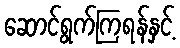
ဆောင်ရွက်ကြရန်နှင့်